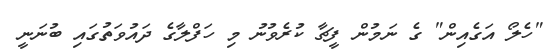
"ހެލޯ އަގެއިން" ގެ ނަމުން ފީޗާ ކުރެވުނު މި ހަފްލާގެ ދައުވަތުގައި ބުނަނީ